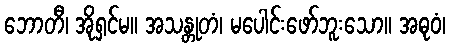
ဘောတီ၊ အိုရှင်မ။ အသန္တုတံ၊ မပေါင်းဖော်ဘူးသော။ အဓုဝံ၊